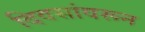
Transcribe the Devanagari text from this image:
दिवसांवरून